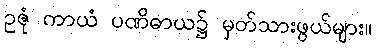
ဥဇုံ ကာယံ ပဏိဓာယ၌ မှတ်သားဖွယ်များ။